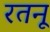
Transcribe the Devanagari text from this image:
रतनू